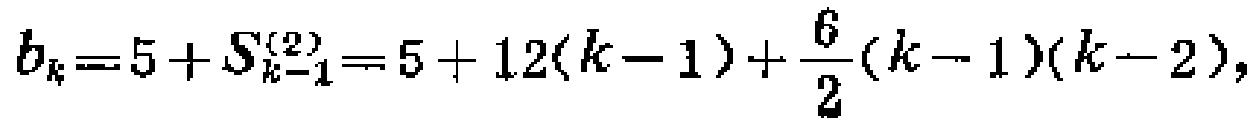
\[b_{k}=5 + S_{k - 1}^{(2)}=5 + 12(k - 1)+\frac{6}{2}(k - 1)(k - 2),\]